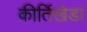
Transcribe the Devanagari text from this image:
कीर्तिखेडा